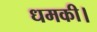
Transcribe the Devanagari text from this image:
धमकी।